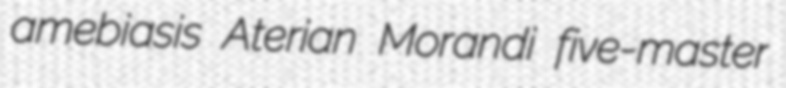
amebiasis Aterian Morandi five-master